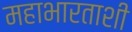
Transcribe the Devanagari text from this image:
महाभारताशी